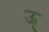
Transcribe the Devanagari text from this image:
ऊ्